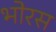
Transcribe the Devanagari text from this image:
भोरस